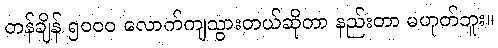
တန်ချိန် ၅၀၀၀ လောက်ကျသွားတယ်ဆိုတာ နည်းတာ မဟုတ်ဘူး။